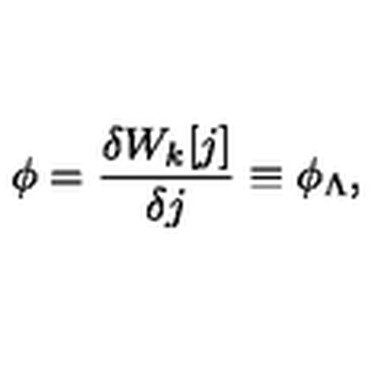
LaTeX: \phi = \frac { \delta W _ { k } [ j ] } { \delta j } \equiv \phi _ { \Lambda } ,